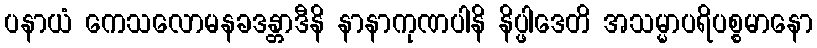
ပနာယံ ကေသလောမနခဒန္တာဒီနိ နာနာကုဏပါနိ နိပ္ဖါဒေတိ အသမ္မာပရိပစ္စမာနော